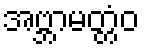
အဗ္ဘာမတ္တံဝ